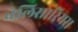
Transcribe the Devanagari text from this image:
बेलिसारियस